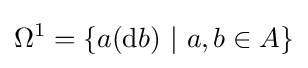
\Omega ^{1}=\{a({\rm {d}}b)\ |\ a,b\in A\}